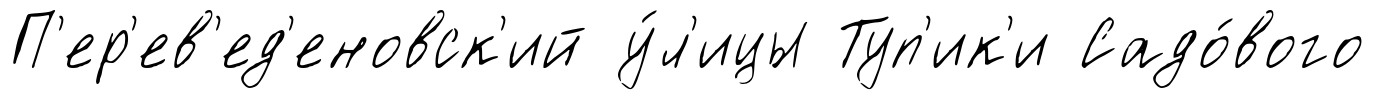
П'ер'ев'ед'еновск'ий у́л'ицы Туп'ик'и Садо́вого